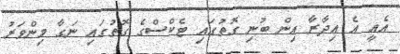
އެއީ އެ އިދާރާ އިން ބުނި ގޮތުގައި ޓެކްސްގެ ގޮތުގައި ނަގާ މިންވަރު